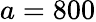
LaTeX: a=800